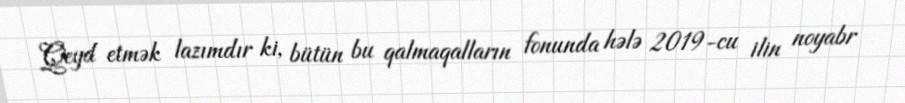
Qeyd etmək lazımdır ki, bütün bu qalmaqalların fonunda hələ 2019-cu ilin noyabr